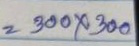
= 300 x 300